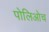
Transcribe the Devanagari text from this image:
पोलिओच